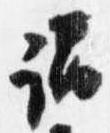
謂